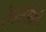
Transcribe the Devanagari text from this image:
रेलटोली